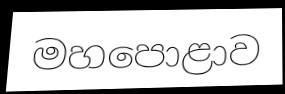
මහපොළාව